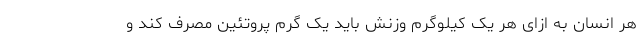
هر انسان به ازای هر یک کیلوگرم وزنش باید یک گرم پروتئین مصرف کند و